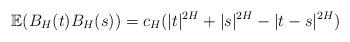
LaTeX: \begin{align*}\mathbb{E}(B_{H}(t)B_{H}(s)) = c_{H}(|t|^{2H}+|s|^{2H}-|t-s|^{2H}) \end{align*}